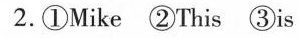
2.①Mike ②This ③is